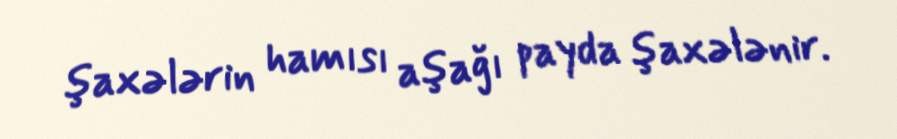
şaxələrin hamısı aşağı payda şaxələnir.